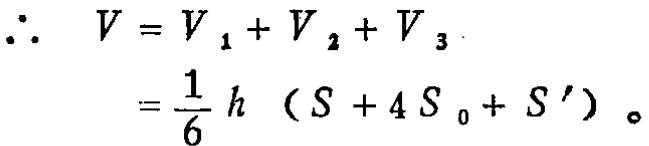
\(\therefore \quad V = V _ { 1 } + V _ { 2 } + V _ { 3 } \\=\frac { 1 } { 6 } h \left( S + 4 S _ { 0 } + S ^ { \prime } \right) 。\)